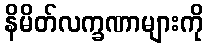
နိမိတ်လက္ခဏာများကို